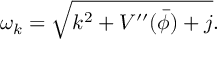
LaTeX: \omega _ { k } = \sqrt { k ^ { 2 } + V ^ { \prime \prime } ( \bar { \phi } ) + j } .